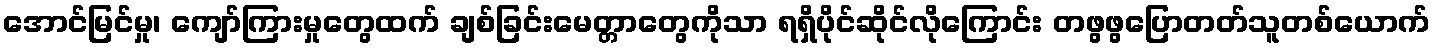
အောင်မြင်မှု၊ ကျော်ကြားမှုတွေထက် ချစ်ခြင်းမေတ္တာတွေကိုသာ ရရှိပိုင်ဆိုင်လိုကြောင်း တဖွဖွပြောတတ်သူတစ်ယောက်